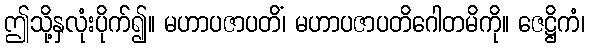
ဤသို့နှလုံးပိုက်၍။ မဟာပဇာပတိံ၊ မဟာပဇာပတိဂေါတမိကို။ ဇေဋ္ဌိကံ၊